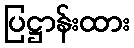
ပြဋ္ဌာန်းထား